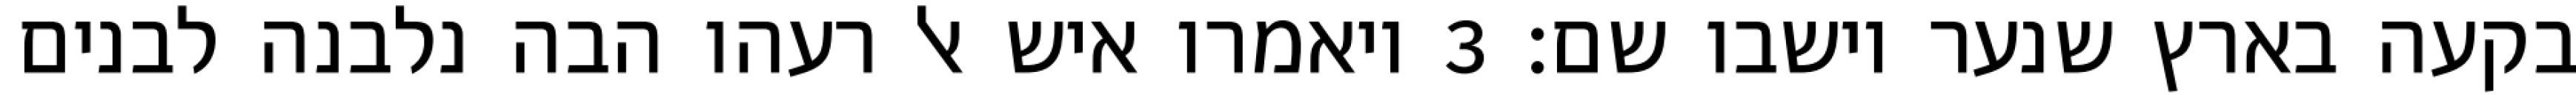
בקעה בארץ שנער וישבו שם׃ ‎3‏ ויאמרו איש אל רעהו הבה נלבנה לבנים